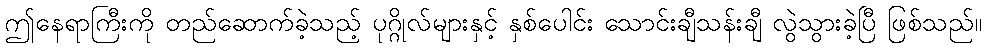
ဤနေရာကြီးကို တည်ဆောက်ခဲ့သည့် ပုဂ္ဂိုလ်များနှင့် နှစ်ပေါင်း သောင်းချီသန်းချီ လွဲသွားခဲ့ပြီ ဖြစ်သည်။